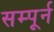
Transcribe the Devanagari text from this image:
सम्पूर्न